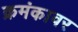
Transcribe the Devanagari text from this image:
क्रमंकावर